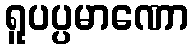
ရူပပ္ပမာဏော